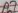
Text: A7